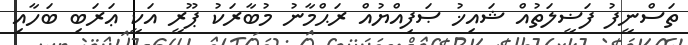
ތަސްނީފު ފަޟީލަތުއް ޝައިޚު ޞަފިއްޔުއް ރަޙްމާނު މުބާރަކު ޕޫރީ އަކީ ޢަރަބި ބަހާއި